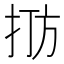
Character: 𪭫